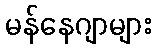
မန်နေဂျာများ